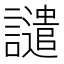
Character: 譴